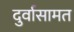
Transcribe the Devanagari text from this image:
दुर्वासामत